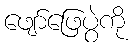
ဖျော်ဖြေပွဲကို